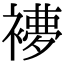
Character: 𧜩